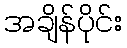
အချိန်ပိုင်း